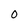
Character: 0